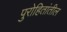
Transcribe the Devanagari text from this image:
पुरोहितांतील